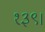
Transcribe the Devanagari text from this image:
१३९।